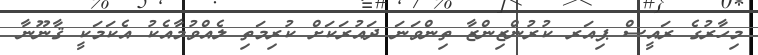
މިހާރުގެ ރައީސް ޕިއަރ ކުރުންޒިންޒާ ތިންވަނަ ދައުރަކަށް ކުރިމަތި ލެއްވުމާއެކު އެކަމަކީ ޤާނޫނާ